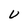
Character: v